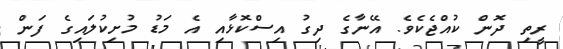
ރީތި ދޮން ކުއްޖެކެވެ. އޭނާގެ ދިގު އިސްކޮޅާއި އެ މަޑު މުށިކުލައިގެ ފަން